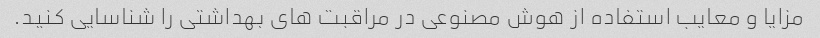
مزایا و معایب استفاده از هوش مصنوعی در مراقبت های بهداشتی را شناسایی کنید.